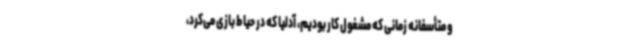
و متأسفانه زمانی که مشغول کار بودیم، آدلیا که در حیاط بازی می‌کرد،